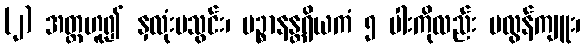
(၂) အတ္တဟူ၍ နှလုံးမသွင်း၊ ပဉ္စာနန္တရိယကံ ၅ ပါးကိုလည်း မလွန်ကျူး၊